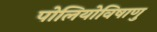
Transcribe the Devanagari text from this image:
पोलियोविषाणु